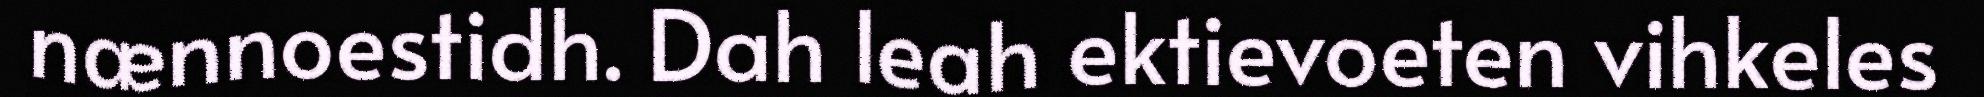
nænnoestidh. Dah leah ektievoeten vihkeles